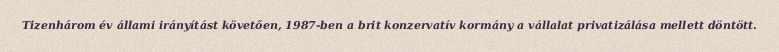
Tizenhárom év állami irányítást követően, 1987-ben a brit konzervatív kormány a vállalat privatizálása mellett döntött.